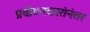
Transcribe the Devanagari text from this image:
प्रबोधनकारांनंतर